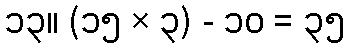
၁၃။ (၁၅ × ၃) - ၁၀ = ၃၅